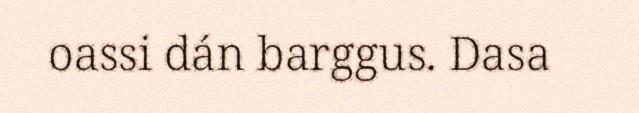
oassi dán barggus. Dasa